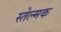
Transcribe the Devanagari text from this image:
स्तेल्मक